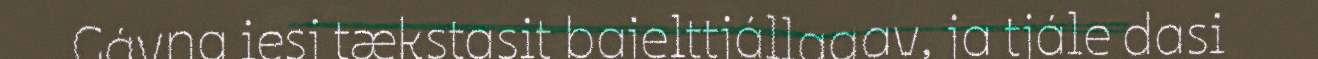
Gávna iesj tækstasit bajelttjállagav, ja tjále dasi